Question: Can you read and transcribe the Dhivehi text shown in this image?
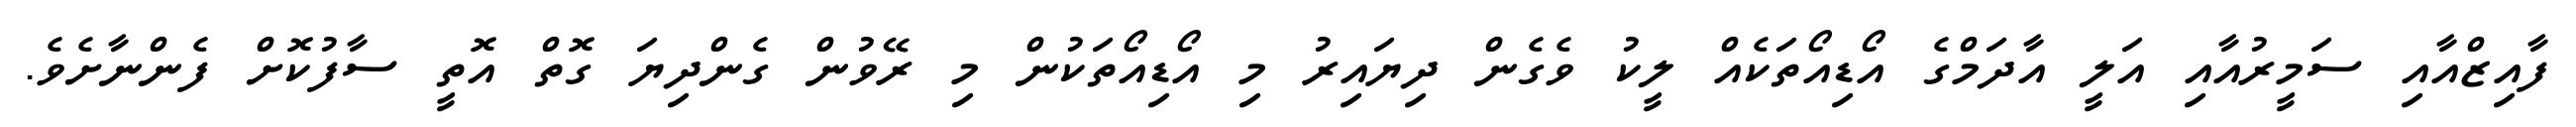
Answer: ފާއިޒްއާއި ސަމީރުއާއި އަލީ އާދަމްގެ އޯޑިއޯތަކެއް ލީކު ވެގެން ދިޔައިރު މި އޯޑިއޯތަކުން މި ރޭވުން ގެންދިޔަ ގޮތް އޮތީ ސާފުކޮށް ފެންނާށެވެ.